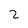
Character: 2